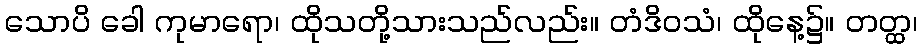
သောပိ ခေါ ကုမာရော၊ ထိုသတို့သားသည်လည်း။ တံဒိဝသံ၊ ထိုနေ့၌။ တတ္ထ၊